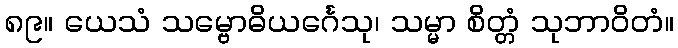
၈၉။ ယေသံ သမ္ဗောဓိယင်္ဂေသု၊ သမ္မာ စိတ္တံ သုဘာဝိတံ။